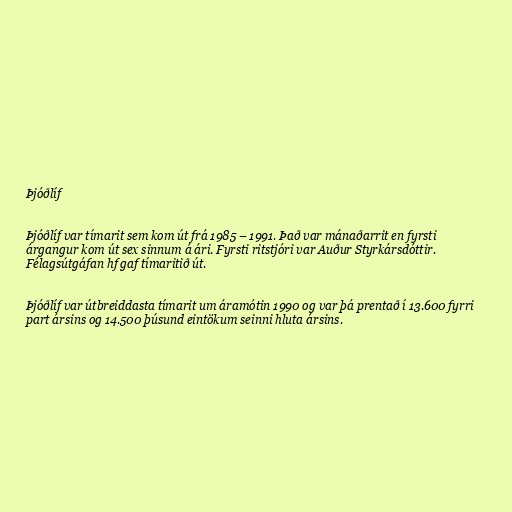
Þjóðlíf

Þjóðlíf var tímarit sem kom út frá 1985 – 1991. Það var mánaðarrit en fyrsti
árgangur kom út sex sinnum á ári. Fyrsti ritstjóri var Auður Styrkársdóttir.
Félagsútgáfan hf gaf tímaritið út.

Þjóðlíf var útbreiddasta tímarit um áramótin 1990 og var þá prentað í 13.600 fyrri
part ársins og 14.500 þúsund eintökum seinni hluta ársins.